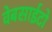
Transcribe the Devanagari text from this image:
वेबसाईटो